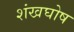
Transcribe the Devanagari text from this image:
शंखघोष